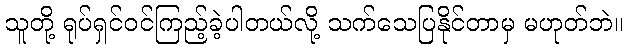
သူတို့ ရုပ်ရှင်ဝင်ကြည့်ခဲ့ပါတယ်လို့ သက်သေပြနိုင်တာမှ မဟုတ်ဘဲ။